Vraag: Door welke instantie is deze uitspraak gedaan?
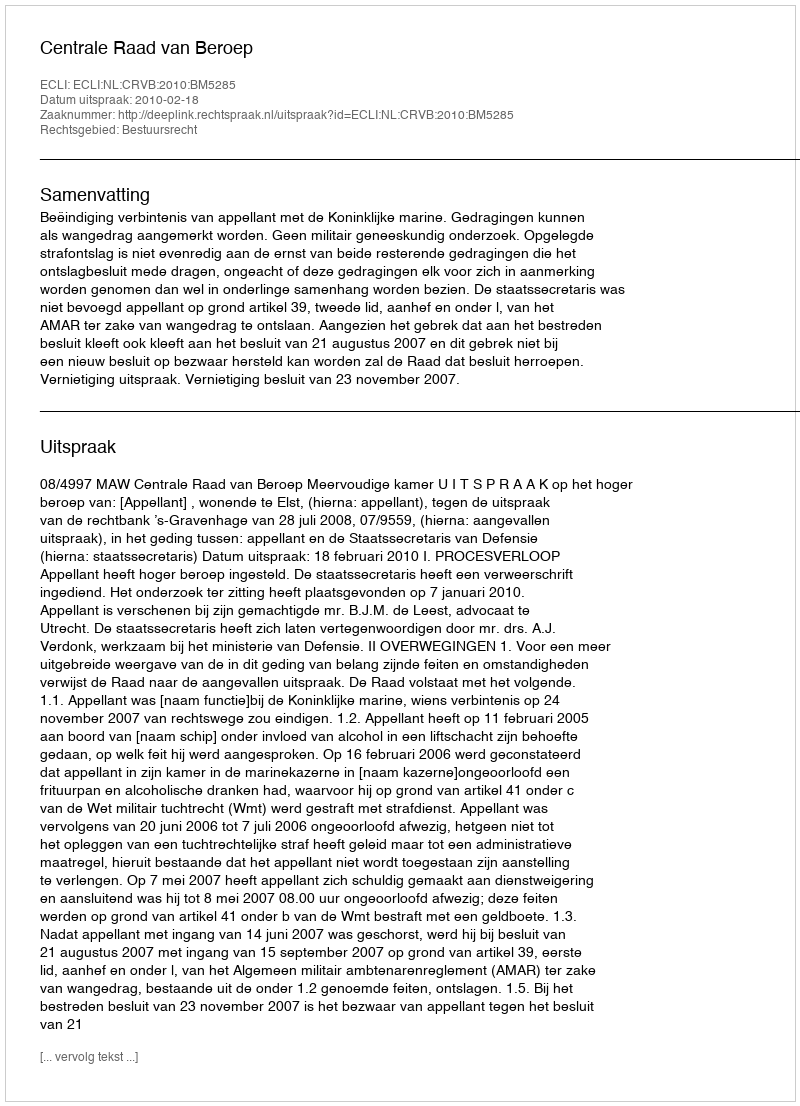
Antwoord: Centrale Raad van Beroep